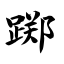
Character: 踯